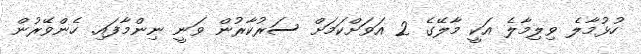
ހުޅުމާލެ ވިލިމާލެ އަކީ މާލޭގެ 2 އަވަށްކަމަށް ސަރުކާރުން ވަނީ ނިންމާފައި. ހެންވޭރުން